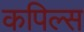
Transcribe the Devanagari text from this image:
कपिल्स